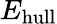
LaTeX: E_{\mathrm{hull}}